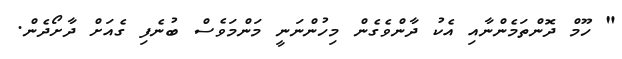
" ހޫމް ދޮންތަމެންނާއި އެކު ދާންވެގެން މިހުންނަނީ މަންމަވެސް ބުނެފި ގެއަށް ދާށޯދެން.